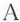
A